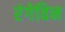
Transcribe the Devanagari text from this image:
रंगेविन